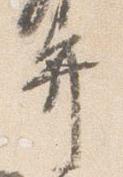
弁